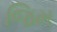
જિમ